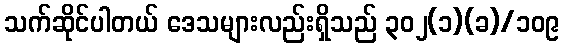
သက်ဆိုင်ပါတယ် ဒေသများလည်းရှိသည် ၃၀၂(၁)(ခ)/၁၀၉